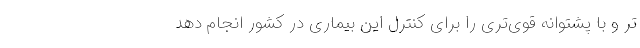
تر و با پشتوانه قوی‌تری را برای کنترل این بیماری در کشور انجام دهد